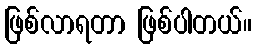
ဖြစ်လာရတာ ဖြစ်ပါတယ်။